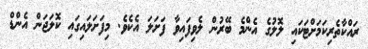
ރައްކާތެރިކަމަށްޓަކައި ލޮލުގެ އެންމެ ބޭރުން ލެވިފައިވާ ފަށަލަ އެކެވެ. މިފަށަލައިގައި ކޮލަޖަން އެންޑް